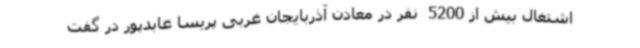
اشتغال بیش از 5200  نفر در معادن آذربایجان غربی پریسا عابدپور در گفت